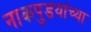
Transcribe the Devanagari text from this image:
नाकपुडयांच्या